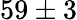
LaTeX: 59\pm 3